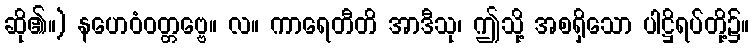
ဆို၏။) နဟေဝံဝတ္တဗ္ဗေ။ လ။ ကာရေတီတိ အာဒီသု၊ ဤသို့ အစရှိသော ပါဋ္ဌိရပ်တို့၌။